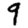
Digit: 9